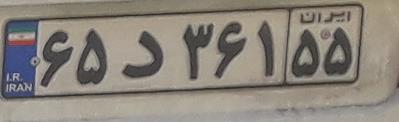
۶۵د۳۶۱۵۵